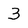
Character: 3